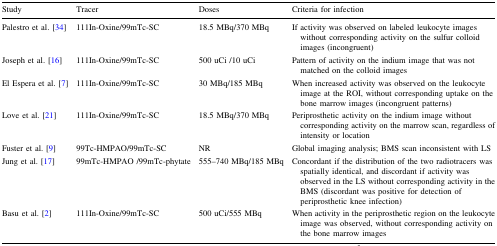
<table><thead><tr><td><b>Study</b></td><td><b>Tracer</b></td><td><b>Doses</b></td><td><b>Criteria for infection</b></td></tr></thead><tbody><tr><td>Palestro et al. [34]</td><td>111In-Oxine/99mTc-SC</td><td>18.5 MBq/370 MBq</td><td>If activity was observed on labeled leukocyte images without corresponding activity on the sulfur colloid images (incongruent)</td></tr><tr><td>Joseph et al. [16]</td><td>111In-Oxine/99mTc-SC</td><td>500 uCi /10 uCi</td><td>Pattern of activity on the indium image that was not matched on the colloid images</td></tr><tr><td>El Espera et al. [7]</td><td>111In-Oxine/99mTc-SC</td><td>30 MBq/185 MBq</td><td>When increased activity was observed on the leukocyte image at the ROI, without corresponding uptake on the bone marrow images (incongruent patterns)</td></tr><tr><td>Love et al. [21]</td><td>111In-Oxine/99mTc-SC</td><td>18.5 MBq/370 MBq</td><td>Periprosthetic activity on the indium image without corresponding activity on the marrow scan, regardless of intensity or location</td></tr><tr><td>Fuster et al. [9]</td><td>99Tc-HMPAO/99mTc-SC</td><td>NR</td><td>Global imaging analysis; BMS scan inconsistent with LS</td></tr><tr><td>Jung et al. [17]</td><td>99mTc-HMPAO /99mTc-phytate</td><td>555–740 MBq/185 MBq</td><td>Concordant if the distribution of the two radiotracers was spatially identical, and discordant if activity was observed in the LS without corresponding activity in the BMS (discordant was positive for detection of periprosthetic knee infection)</td></tr><tr><td>Basu et al. [2]</td><td>111In-Oxine/99mTc-SC</td><td>500 uCi/555 MBq</td><td>When activity in the periprosthetic region on the leukocyte image was observed, without corresponding activity on the bone marrow images</td></tr></tbody></table>